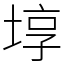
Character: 埻